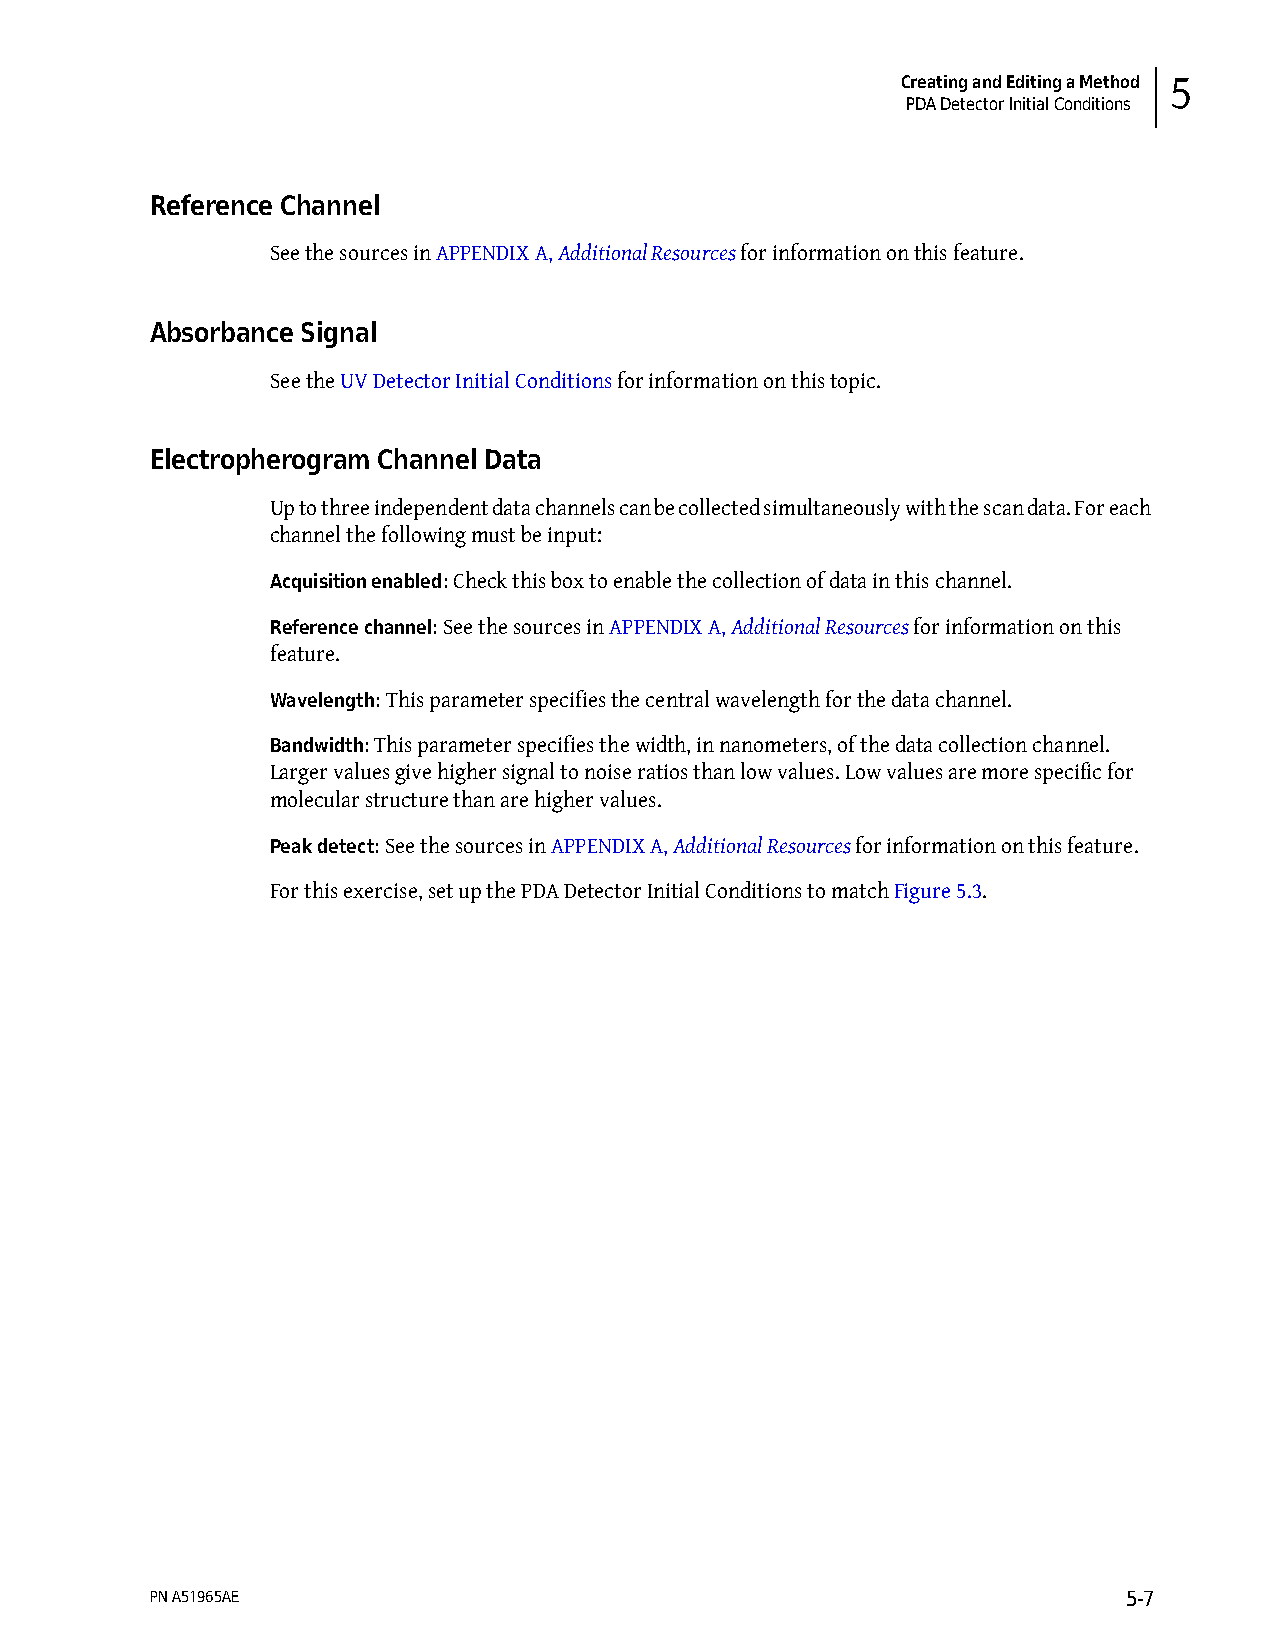
Creating and Editing a Method 5
 PDA Detector Initial Conditions
 Reference Channel
 See the sources in APPENDIX A, Additional Resources for information on this feature.
 Absorbance Signal
 See the UV Detector Initial Conditions for information on this topic.
 Electropherogram Channel Data
 Up to three independent data channels can be collected simultaneously with the scan data. For each
 channel the following must be input:
 Acquisition enabled: Check this box to enable the collection of data in this channel.
 Reference channel: See the sources in APPENDIX A, Additional Resources for information on this
 feature.
 Wavelength: This parameter specifies the central wavelength for the data channel.
 Bandwidth: This parameter specifies the width, in nanometers, of the data collection channel.
 Larger values give higher signal to noise ratios than low values. Low values are more specific for
 molecular structure than are higher values.
 Peak detect: See the sources in APPENDIX A, Additional Resources for information on this feature.
 For this exercise, set up the PDA Detector Initial Conditions to match Figure 5.3.
 PN A51965AE                                                      5-7